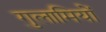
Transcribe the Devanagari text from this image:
गुलामियों